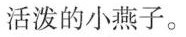
活泼的小燕子。